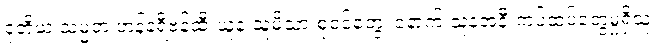
ဒုတိယ သမ္မတ ဟန်နရီဗန်ထီးယူနဲ့ သူ့မိသားစုဝင်တွေ၊ နောက် သူနဲ့အနီးကပ်ထပ်တွေမှုရှိသူ